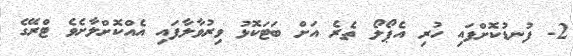
2- ފުނޑުކޮށްފައި ހުރި އެޕޯލޯ ތެރެ އަށް ބަޓަކޮޅު ވިރުވާލާފައި އެއްކޮށްލާށެވެ ޓްރޭގެ